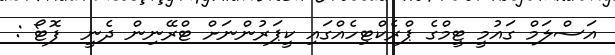
އަސްލަމް ގައުމީ ޓީމްގެ ޕްރެކްޓިހެއްގައި ކީޕަރުންނަށް ޓްރޭނިން ދެނީ  ފޮޓޯ :